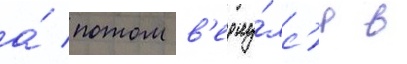
а́ потом в'ерну́лс'я в